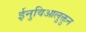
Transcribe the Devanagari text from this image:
ईनुविआलुक्तुन